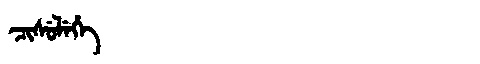
Manchu: ᠴᡳᠰᡠᠯᡝᡥᡝ
Romanization: CISULEHE